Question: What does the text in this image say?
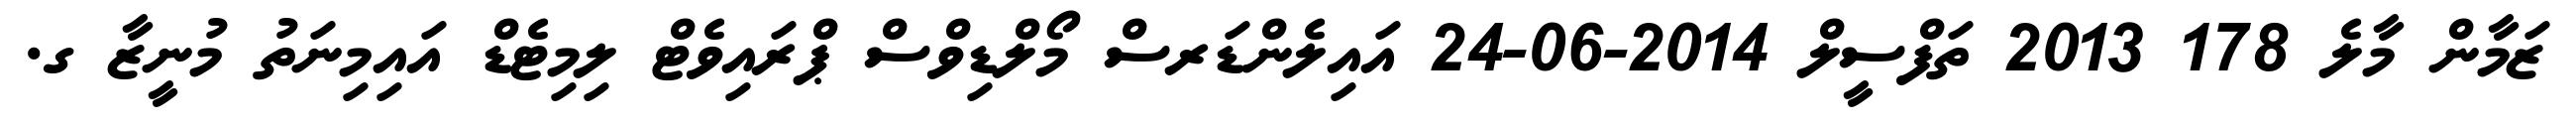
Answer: ޒަމާން މާލެ 178 2013 ތަފްސީލް 2014-06-24 އައިލެންޑަރސް މޯލްޑިވްސް ޕްރައިވެޓް ލިމިޓެޑް އައިމިނަތު މުނީޒާ ގ.